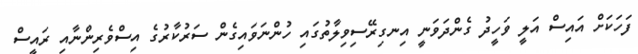
ފަހަކަށް އައިސް އަލީ ވަހީދު ގެންދަވަނީ އިނގިރޭސިވިލާތުގައި ހުންނަވައިގެން ސަރުކާރުގެ އިސްވެރިންނާއި ރައީސް